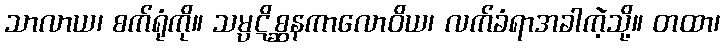
သာလာယ၊ စက်ရုံကို။ သမ္ပဋိစ္ဆနကာလောဝိယ၊ လက်ခံရာအခါကဲ့သို့။ တထာ၊